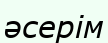
әсерім